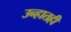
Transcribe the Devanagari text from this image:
उन्हातही